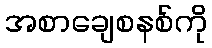
အစာချေစနစ်ကို